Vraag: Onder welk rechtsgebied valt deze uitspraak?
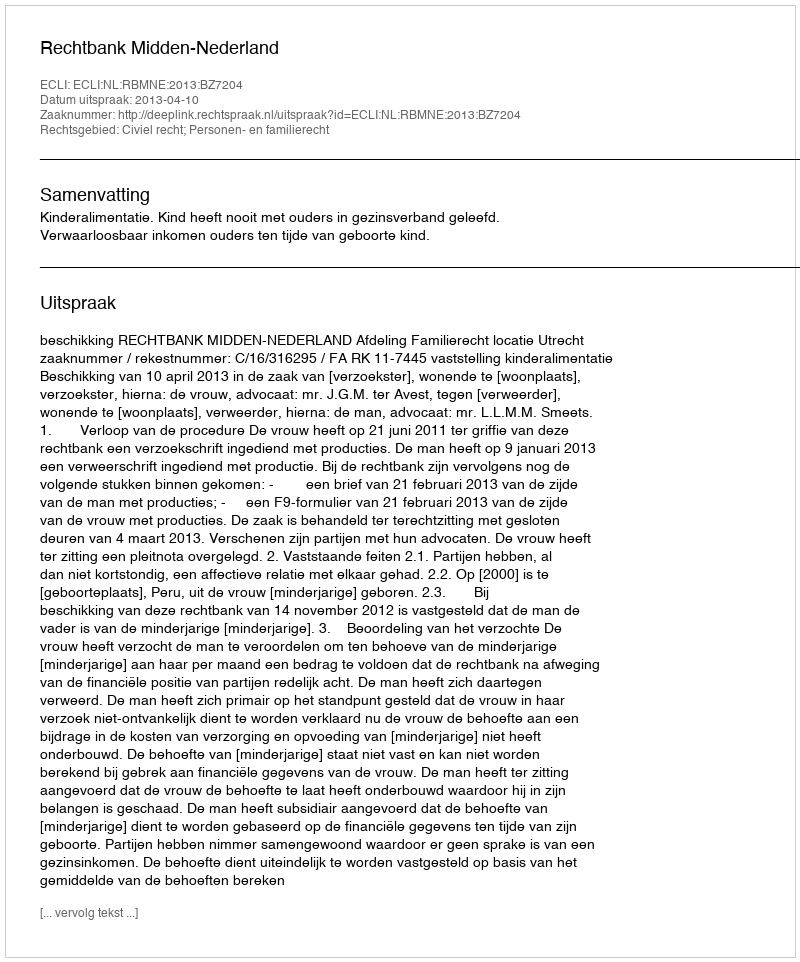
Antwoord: Civiel recht; Personen- en familierecht